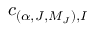
c _ { ( \alpha , J , M _ { J } ) , I }